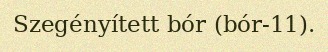
Szegényített bór (bór-11).